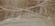
يلبسون